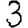
Digit: 3